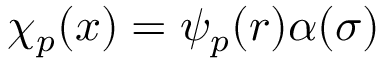
\chi _ { p } ( \boldsymbol { x } ) = \psi _ { p } ( \boldsymbol { r } ) \alpha ( \sigma )